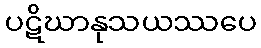
ပဋိဃာနုသယဿပေ